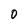
Character: 0